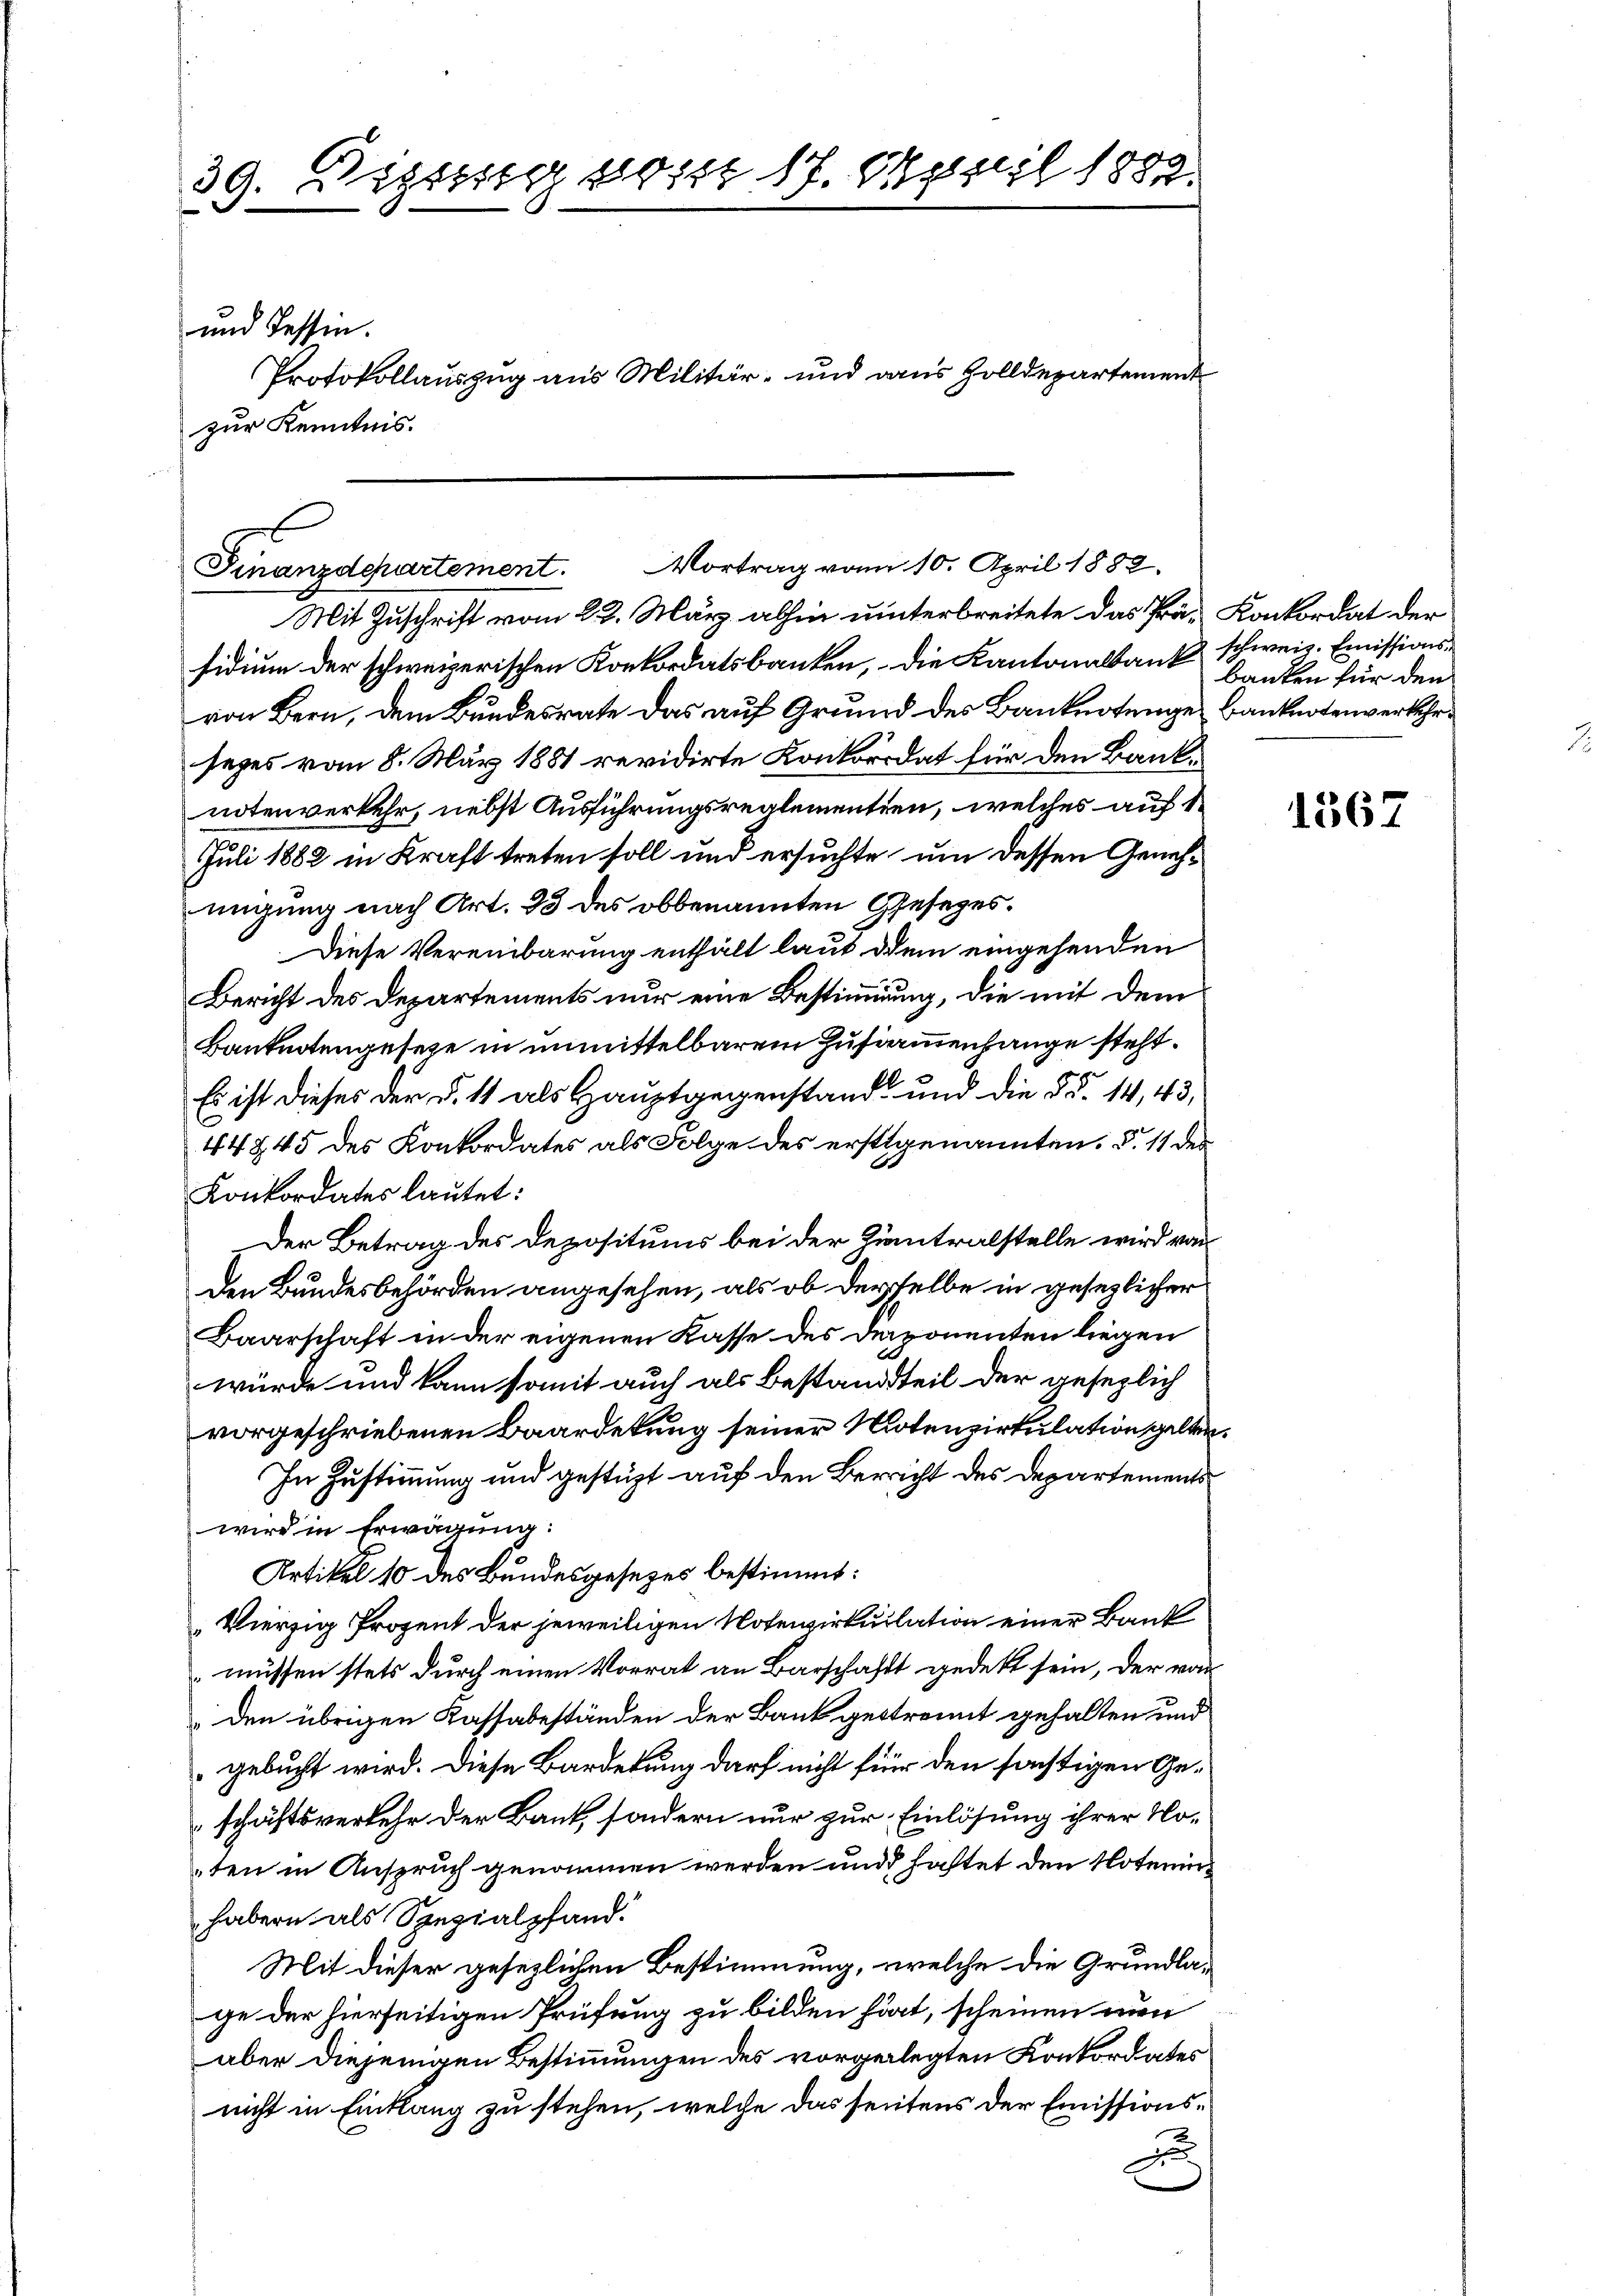
39. Sigg von 17. April 1889.

und Tessin.
zur Kenntnis.

Protokollauszug aus Militär- und dans Holldepartemen,

sidium der schweizerischen Konkordatsbanken, die Kantonalbank schweiz. Emissionsvon Bern, dem Bundesrate das auf Grund des Banknotenge Banknotenverkehrsezes vom 8. März 1881 revidirte Konkordat für den Banknotenverkehr, nebst Ausführungsreglementien, welches auf 1
Juli 1882 in Kraft treten soll und ersuchte, um dessen Genehmigung nach Art. 33 des obbenannten Gesezes¬
Diese Vereinbarung enthält laut dem eingehenden
Bericht des Departements nur eine Bestimmung, die mit dem
Banknotengeseze in unmittelbarem Zusammenhange steht.
Es ist dieses der d. 11 als Hauptgegenstand und die §§. 14, 43,
44845 des Konkordates als Folge des erstigenannten §. 11 des
Konkordates lautet:
Der Betrag des Depositums bei der Zimtralstelle wird von
Den Bundesbehörden angesehen, als ob derselbe in gesezlicher
Baarschaft in der eigenen Kasse des Deponenten liegen
würde und kann somit auch als Bestandteil der gesezlich
vorgeschriebenen Baardekung seiner Motenzirkulation gelten.
In Zustimmung und gestüzt auf den Bericht des Departements
wird in Erwägung:
Artikel 10 des Bundesgesezes bestimmt:
Vierzig Prozent der jeweiligen Notenirkulation einer Bank
müssen stets durch einen Vorrat an Barschafft gedekt sein, der von
Den übrigen Kassabeständen der Bank gestrennt gehalten und
gebucht wird. Diese Barderung darf nicht für den sichtigen Geschäftsverkehr der Bank, sondern nur zur Einlösung ihrer Noten in Anspruch genommen werden und haftet den Noterinhabern als Spezialpfand.
Mit dieser gesezlichen Bestimmung, welche die Grundlage der hierseitigen Prüfung zu bilden hat, scheinen nun
aber diejenigen Bestimmungen des vorgelegten Konkordates
nicht in Einklang zu stehen, welche das seitens der Emissionse

Finanzdepartement. Vortrag vom 10. April 1882.
Mit Zuschrift vom 22. März abhin unterbreitete das Prä- Konkordat der

banken für den

1567